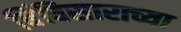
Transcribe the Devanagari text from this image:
बिंबिसाराच्या